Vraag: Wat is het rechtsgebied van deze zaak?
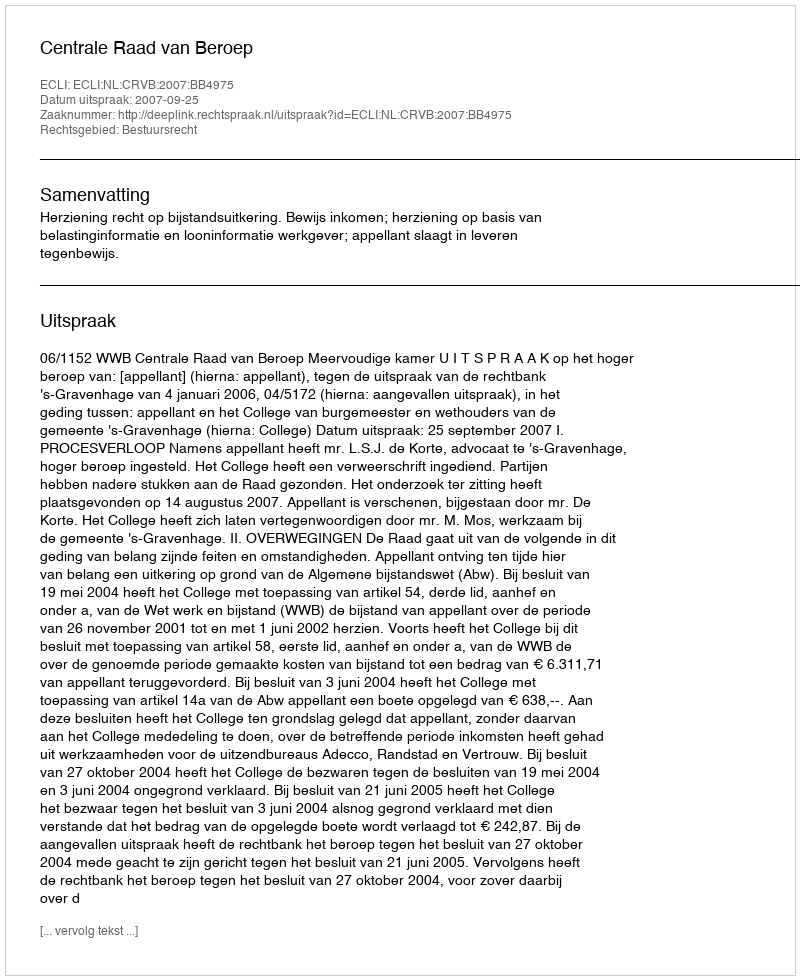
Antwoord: Bestuursrecht